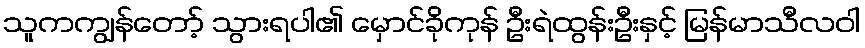
သူကကျွန်တော့် သွားရပါ၏ မှောင်ခိုကုန် ဦးရဲထွန်းဦးနှင့် မြန်မာသီလဝါ